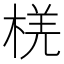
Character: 𪲞